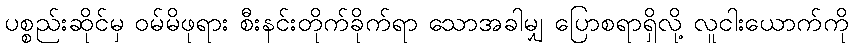
ပစ္စည်းဆိုင်မှ ဝမ်မိဖုရား စီးနင်းတိုက်ခိုက်ရာ သောအခါမျှ ပြောစရာရှိလို့ လူငါးယောက်ကို